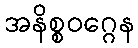
အနိစ္စဝဂ္ဂေန